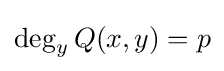
\deg _{y}Q(x,y)=p